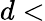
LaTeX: d<